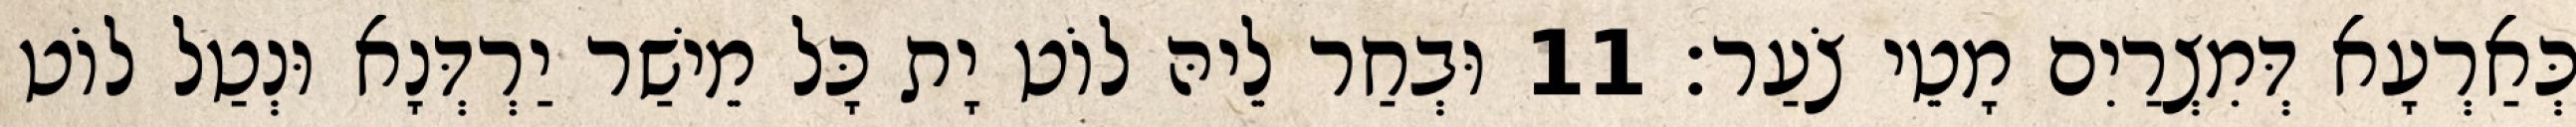
כְּאַרְעָא דְּמִצְרַיִם מָטֵי צֹעַר׃ 11 וּבְחַר לֵיהּ לוֹט יָת כָּל מֵישַׁר יַרְדְּנָא וּנְטַל לוֹט